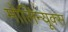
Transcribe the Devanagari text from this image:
मोलिन्यूक्स